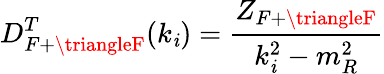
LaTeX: D_{F+\triangleF}^{T}(k_{\mathit{i}})=\frac{{Z_{F+\triangleF}}}{{k_{\mathit{i}}^{2}-m_{R}^{2}}}